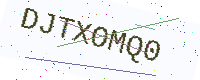
Text: DJTXOMQ0